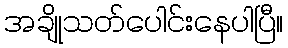
အချိုသတ်ပေါင်းနေပါပြီ။